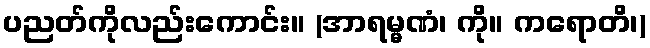
ပညတ်ကိုလည်းကောင်း။ (အာရမ္မဏံ၊ ကို။ ကရောတိ၊)